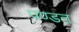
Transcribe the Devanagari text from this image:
पण्डत